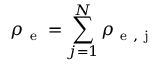
\rho _ { \mathrm { ~ e ~ } } = \sum _ { j = 1 } ^ { N } \rho _ { \mathrm { ~ e ~ , ~ j ~ } }